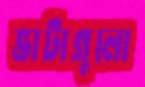
ভাটাগুলো